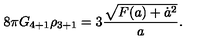
8 \pi G _ { 4 + 1 } \rho _ { 3 + 1 } = 3 { \frac { \sqrt { F ( a ) + \dot { a } ^ { 2 } } } { a } } .